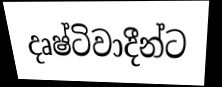
දෘෂ්ටිවාදීන්ට